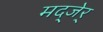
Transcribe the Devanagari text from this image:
मद्जेर्